Emmaste_vallavalitsus, lk 36
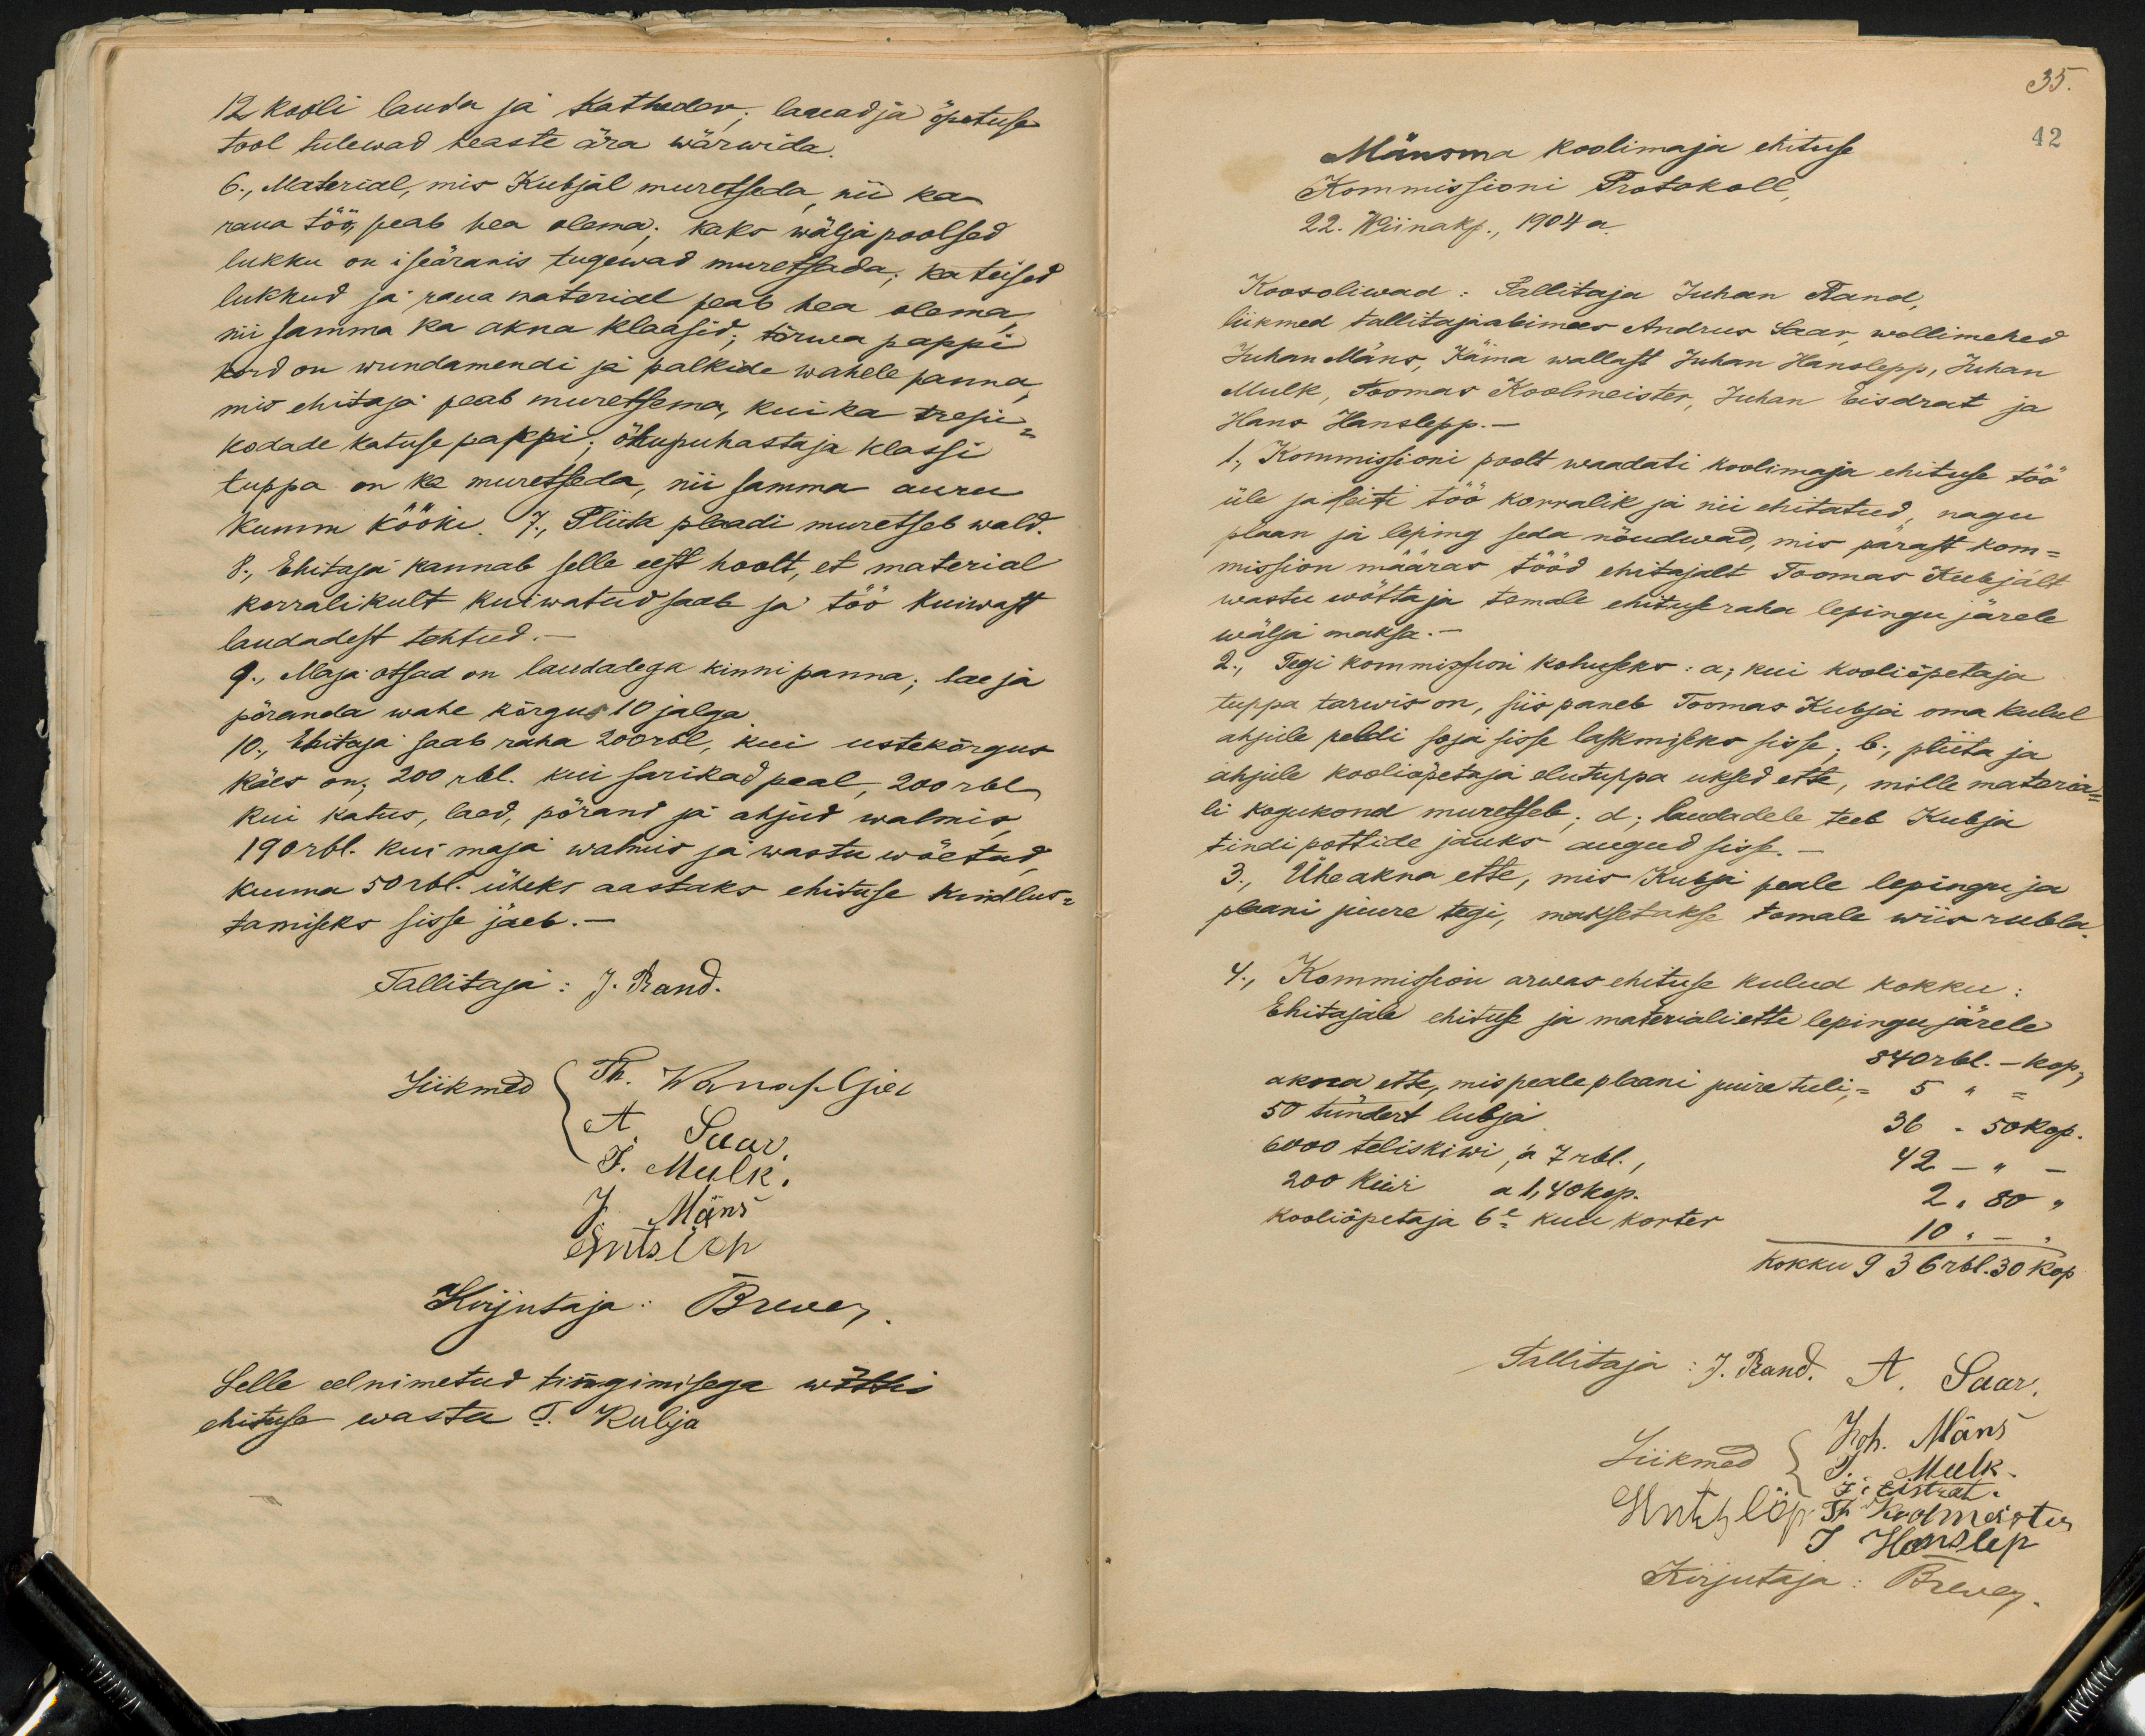
12 kooli lauda ja Katheder; laged ja õpetuse
tool tulewad heaste ära wärwida.
6., Material, mis Kubjal muretseda nii ka
raua töö, peab hea olema; kaks wälja poolsed
lukku on iseäranis tugewad muretsada; ka teised
lukkud ja raua material peab hea olema
nii samma ka akna klaasid; tõrwa pappi
kord on wundamendi ja palkide wahele panna,
mis ehitaja peab muretsema, kui ka trepi-
kodade katuse papi; õhupuhastaja klassi
tuppa on ka muretseda, nii samma auru
kumm kööki. 7., Pliita plaadi muretseb wald.
8., Ehitaja kannab selle eest hoolt, et material
korralikult kuiwatud saab ja töö kuiwast
laudadest tehtud.-
9., Maja otsad on laudadega kinni panna; lae ja
põranda wahe kõrgus 10 jalga.
10., Ehitaja saab raha 200 rbl, kui ustekõrgus
käes on. 200 rbl. kui sarikad peal, 200rbl,
kui katus, laed, põrand ja ahjud walmis,
190 rbl. kui maja walmis ja wastu wõetud,
kunna 50 rbl. üheks aastaks ehituse kindlus-
tamiseks sisse jäeb.-
Tallitaja: J. Brand.
Liikmed
JT. Wanapljev
A. Saar
J. Mulk.
J. Mäns
Gütsi'et
Kirjutaja: Brewer
Selle eelnimetud tingimisega wõttis
ehituse wastu T. Kubja

35.
42
Mäksma koolimaja ehituse
Kommissioni Protokoll
22. Wiinakp., 1904 a.
Koosoliwad: Tallitaja Juhan Rand,
liikmed tallitajaabimees Andrus Saar, wollimehed
Juhan Mäns, Käina wallast Juhan Hanslepp, Juhan
Mulk, Toomas Koolmeister, Juhan Eisdrat ja
Hans Hanslepp.-
1., Kommissioni poolt waadati koolimaja ehituse töö
üle ja leiti töö korralik ja nii ehitatud, nagu
plaan ja leping seda nõudwad, mis pärast kom-
mission määras tööd ehitajalt Toomas Kubjalt
wastu wõtta ja temale ehituseraha lepingu järele
wälja maksa.-
2., Tegi kommission kohuseks: a; kui kooliõpetaja
tuppa tarwis on, siis paneb Toomas Kubja oma kulul
ahjule peldi soja sisse laskmiseks sisse: b., pliita ja
ahjule kooliõpetaja elutuppa uksed ette, mille materia-
li kogukond muretseb; d; laudadele teeb Kubja
tindi pottide jauks augud sisse.
3. Ühe akna ette, mis Kubja peale lepingu ja
plaani juure tegi, maksetakse temale wiis rubla.
4., Kommission arwas ehituse kulud kokku
Ehitajale ehituse ja materiali ette lepingu järele
akna ette, mis peale plaani juure tuli, - 5 " "
840 rbl. - kop,
50 tündert lubja
36 - 50 Kop.
6000 teliskiwi, á 7 rbl.,
42 - " -
200 Kiwi a 1,40 kop.
2" 80"
kooliõpetaja 6e kuu korter
10 " - "
Kokku 936 rbl. 30 kop.
Tallitaja: J. Rand. A. Saar.
Liikmed Joh. Mäns
Untelõp. St Kuolmes otu
J Hanslep
Mulk
Kirjutaja: Brewer